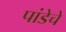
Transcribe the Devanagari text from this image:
पांडेचे